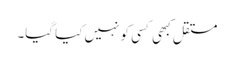
مستقل کبھی کسی کو نہیں کیا گیا۔